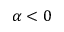
\alpha < 0